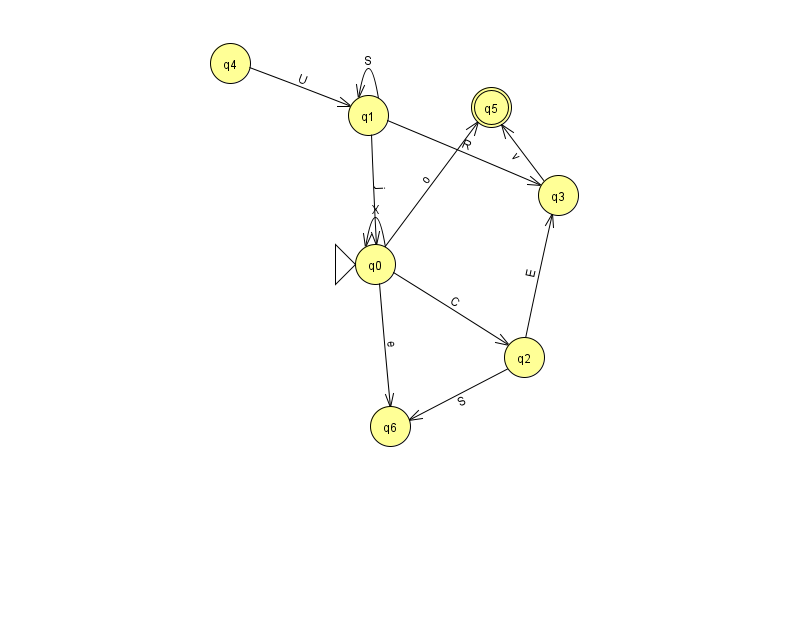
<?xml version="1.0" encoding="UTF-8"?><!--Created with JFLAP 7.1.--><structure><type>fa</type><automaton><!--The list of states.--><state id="0" name="q0"><x>375.0</x><y>251.0</y><initial/></state><state id="1" name="q1"><x>368.0</x><y>102.0</y></state><state id="2" name="q2"><x>524.0</x><y>344.0</y></state><state id="3" name="q3"><x>558.0</x><y>182.0</y></state><state id="4" name="q4"><x>230.0</x><y>50.0</y></state><state id="5" name="q5"><x>491.0</x><y>94.0</y><final/></state><state id="6" name="q6"><x>390.0</x><y>413.0</y></state><!--The list of transitions.--><transition><from>0</from><to>6</to><read>e</read></transition><transition><from>0</from><to>2</to><read>C</read></transition><transition><from>1</from><to>1</to><read>S</read></transition><transition><from>2</from><to>6</to><read>S</read></transition><transition><from>4</from><to>1</to><read>U</read></transition><transition><from>0</from><to>0</to><read>X</read></transition><transition><from>0</from><to>5</to><read>o</read></transition><transition><from>3</from><to>5</to><read>v</read></transition><transition><from>1</from><to>3</to><read>R</read></transition><transition><from>2</from><to>3</to><read>E</read></transition><transition><from>1</from><to>0</to><read>j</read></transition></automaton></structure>